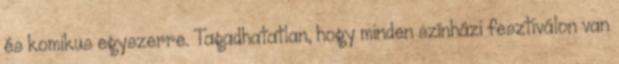
és komikus egyszerre. Tagadhatatlan, hogy minden színházi fesztiválon van